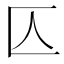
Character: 𠤭